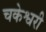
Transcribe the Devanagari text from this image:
चकेश्वरी